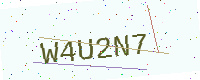
Text: W4U2N7